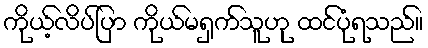
ကိုယ့်လိပ်ပြာ ကိုယ်မရှက်သူဟု ထင်ပုံရသည်။